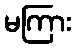
မကြား